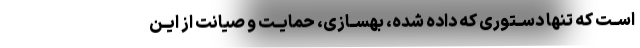
اســت که تنها دســتوری که داده شده، بهســازی، حمایــت و صیانت از ایــن